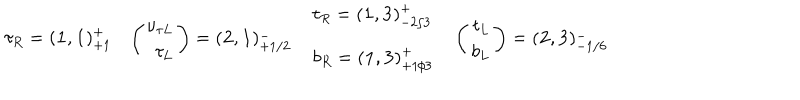
\begin{array} { l l l l } { { \ \ \tau _ { R } = ( { \mathbf 1 } , { \mathbf 1 } ) _ { + 1 } ^ { + } } } & { { \left( \begin{array} { r } { { \nu _ { \tau L } } } \\ { { \tau _ { L } } } \\ \end{array} \right) = ( { \mathbf 2 } , { \mathbf 1 } ) _ { + 1 / 2 } ^ { - } } } & { { \begin{array} { l } { { t _ { R } = ( { \mathbf 1 } , { \mathbf 3 } ) _ { - 2 / 3 } ^ { + } } } \\ { { b _ { R } = ( { \mathbf 1 } , { \mathbf 3 } ) _ { + 1 / 3 } ^ { + } } } \\ \end{array} } } & { { \left( \begin{array} { r } { { t _ { L } } } \\ { { b _ { L } } } \\ \end{array} \right) = ( { \mathbf 2 } , { \mathbf 3 } ) _ { - 1 / 6 } ^ { - } } } \\ \end{array}